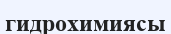
гидрохимиясы